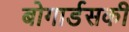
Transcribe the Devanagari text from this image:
बोगार्डसकी